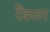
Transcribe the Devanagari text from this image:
रैंबलर